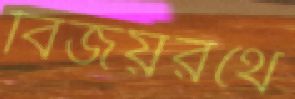
বিজয়রথে